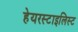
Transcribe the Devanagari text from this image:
हेयरस्टाइलिस्ट